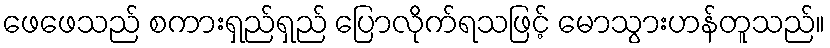
ဖေဖေသည် စကားရှည်ရှည် ပြောလိုက်ရသဖြင့် မောသွားဟန်တူသည်။